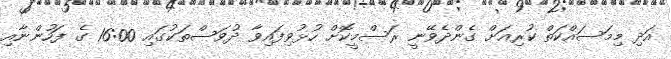
އަދި މިމަސައްކަތް ކުރިއަށް ގެންދެވޭނީ ރަސްމީކޮށް ހުޅުވިފައިވާ ދުވަސްތަކުގައި 16:00 ގެ ފަހުންނާއި